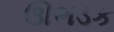
ઊભડક